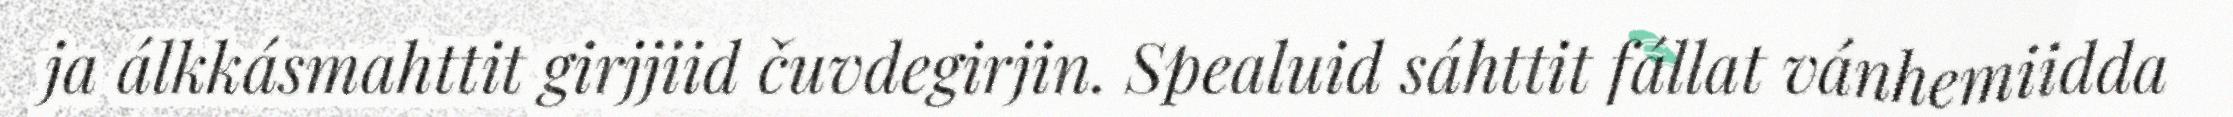
ja álkkásmahttit girjjiid čuvdegirjin. Spealuid sáhttit fállat vánhemiidda